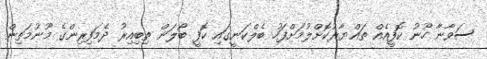
ސަވާނާ ހޫނު ކޮފީއެއް ތައްޔާރުކޮށްލުމަށްފަހު ބެލްކަނީގައި ކޮފީ ބޯލަން ތިބިއިރު ދެމަފިރިންގެ މޫނުމަތިން